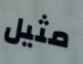
مثيل